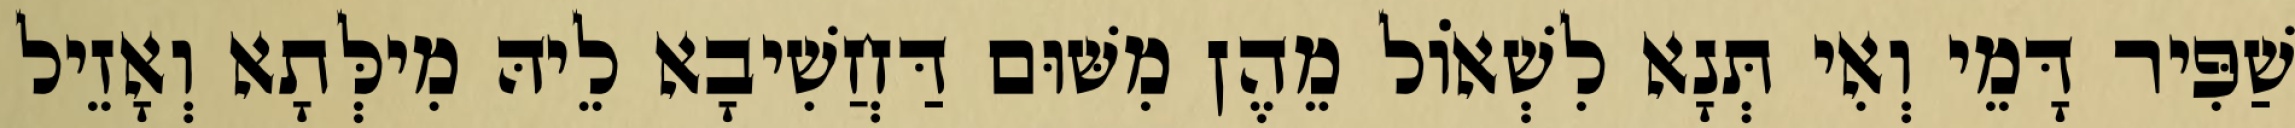
שַׁפִּיר דָּמֵי וְאִי תְּנָא לִשְׁאוֹל מֵהֶן מִשּׁוּם דַּחֲשִׁיבָא לֵיהּ מִילְּתָא וְאָזֵיל